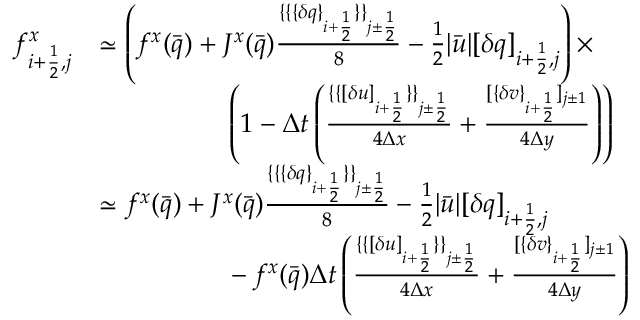
\begin{array} { r l } { f _ { i + \frac 1 2 , j } ^ { x } } & { \simeq \left( f ^ { x } ( \bar { q } ) + J ^ { x } ( \bar { q } ) \frac { \{ \{ \{ \delta q \} _ { i + \frac 1 2 } \} \} _ { j \pm \frac 1 2 } } { 8 } - \frac 1 2 | \bar { u } | [ \delta q ] _ { i + \frac 1 2 , j } \right) \times } \\ & { \phantom { m m m m m m } \left( 1 - \Delta t \left( \frac { \{ \{ [ \delta u ] _ { i + \frac 1 2 } \} \} _ { j \pm \frac 1 2 } } { 4 \Delta x } + \frac { [ \{ \delta v \} _ { i + \frac 1 2 } ] _ { j \pm 1 } } { 4 \Delta y } \right) \right) } \\ & { \simeq f ^ { x } ( \bar { q } ) + J ^ { x } ( \bar { q } ) \frac { \{ \{ \{ \delta q \} _ { i + \frac 1 2 } \} \} _ { j \pm \frac 1 2 } } { 8 } - \frac 1 2 | \bar { u } | [ \delta q ] _ { i + \frac 1 2 , j } } \\ & { \phantom { m m m m m m } - f ^ { x } ( \bar { q } ) \Delta t \left( \frac { \{ \{ [ \delta u ] _ { i + \frac 1 2 } \} \} _ { j \pm \frac 1 2 } } { 4 \Delta x } + \frac { [ \{ \delta v \} _ { i + \frac 1 2 } ] _ { j \pm 1 } } { 4 \Delta y } \right) } \end{array}